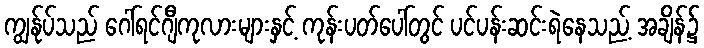
ကျွန်ုပ်သည် ဂေါ်ရင်ဂျီကုလားများနှင့် ကုန်းပတ်ပေါ်တွင် ပင်ပန်းဆင်းရဲနေသည့် အချိန်၌